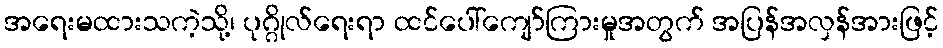
အရေးမထားသကဲ့သို့၊ ပုဂ္ဂိုလ်ရေးရာ ထင်ပေါ်ကျော်ကြားမှုအတွက် အပြန်အလှန်အားဖြင့်